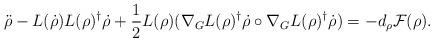
LaTeX: \begin{align*}\ddot\rho-L(\dot\rho)L(\rho)^{\dagger}\dot\rho+\frac{1}{2}L(\rho)(\nabla_GL(\rho)^{\dagger}\dot\rho\circ\nabla_GL(\rho)^{\dagger}\dot\rho)=-d_\rho\mathcal{F}(\rho).\end{align*}